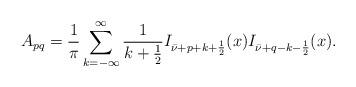
LaTeX: \begin{align*}A_{pq} = \frac 1\pi \sum_{k = -\infty}^\infty \frac 1{k + \frac 12} I_{\bar\nu + p + k + \frac 12 }(x) I_{\bar\nu + q - k - \frac 12 }(x).\end{align*}